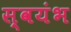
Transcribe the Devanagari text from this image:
स्वयंभ